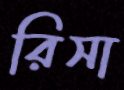
রিসা